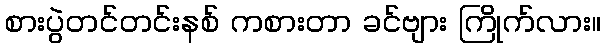
စားပွဲတင်တင်းနစ် ကစားတာ ခင်ဗျား ကြိုက်လား။